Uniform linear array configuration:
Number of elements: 4
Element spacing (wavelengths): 0.75
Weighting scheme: uniform
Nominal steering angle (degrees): -15
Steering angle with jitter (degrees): -15.801
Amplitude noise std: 0.05
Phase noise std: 0.05

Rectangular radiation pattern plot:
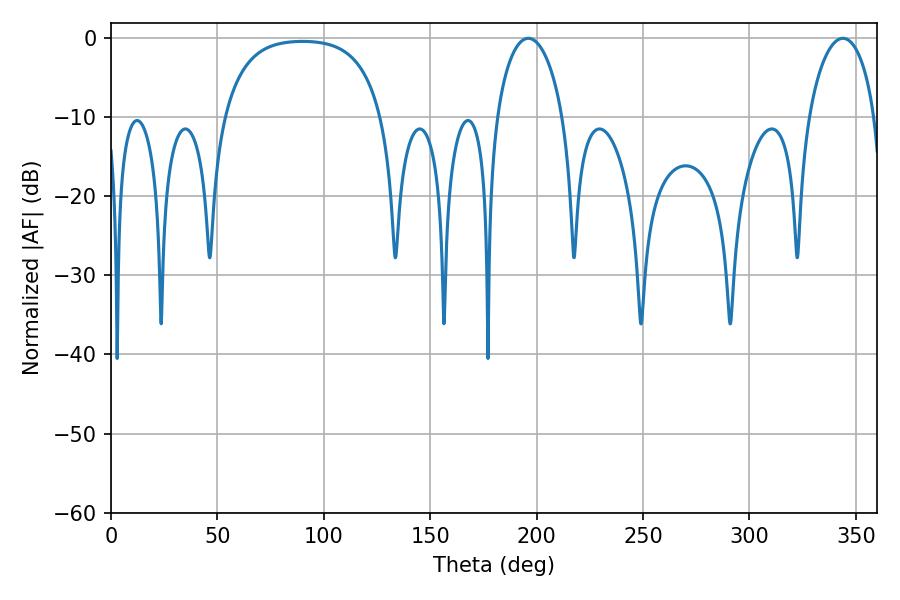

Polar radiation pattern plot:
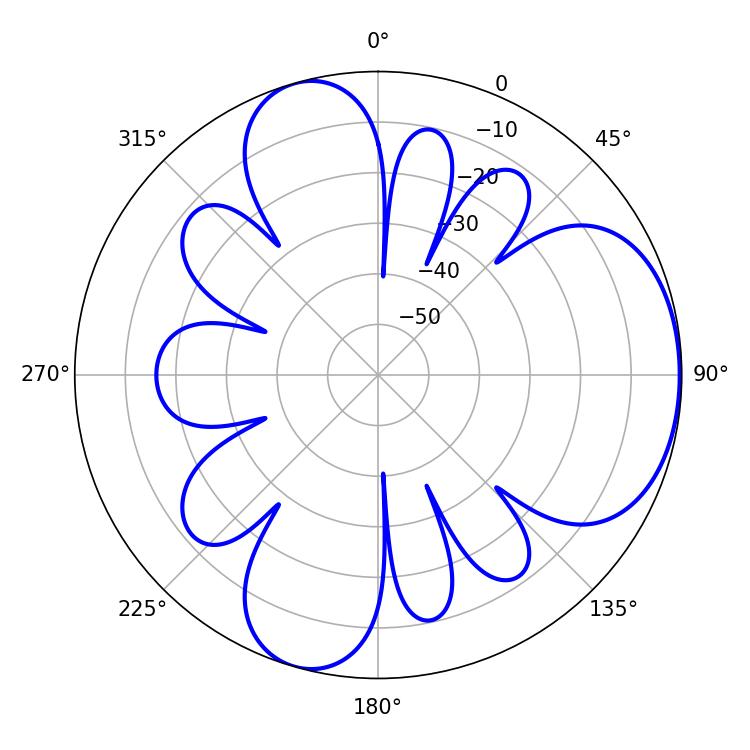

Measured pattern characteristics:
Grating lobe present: TRUE
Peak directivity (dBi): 5.359
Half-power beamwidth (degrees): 17.82
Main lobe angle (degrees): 196.02